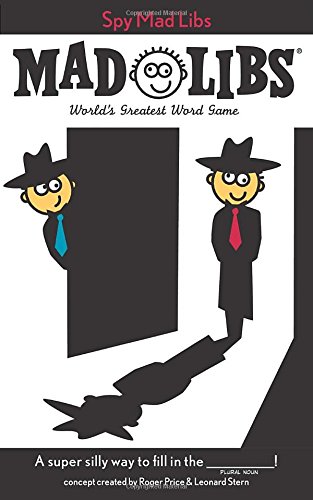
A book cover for Spy Mad Libs; Roger Price; Children's Books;